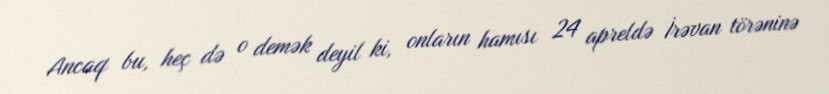
Ancaq bu, heç də o demək deyil ki, onların hamısı 24 apreldə İrəvan törəninə